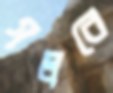
গলবে